画像に写った文字を読んでください
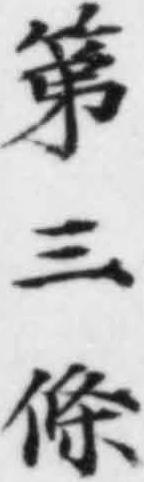
「第三條」と書いてあります